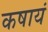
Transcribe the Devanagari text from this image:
कषायं